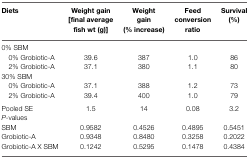
| Diets | Weight gain [final average fish wt (g)] | Weight gain (% increase) | Feed conversion ratio | Survival (%) |
 | --- | --- | --- | --- | --- |
 | 0% SBM |
 | 0% Grobiotic-A | 39.6 | 387 | 1.0 | 86 |
 | 2% Grobiotic-A | 37.1 | 380 | 1.1 | 80 |
 | 30% SBM |
 | 0% Grobiotic-A | 37.1 | 388 | 1.2 | 73 |
 | 2% Grobiotic-A | 39.4 | 400 | 1.0 | 79 |
 | Pooled SE | 1.5 | 14 | 0.08 | 3.2 |
 | P-values |
 | SBM | 0.9582 | 0.4526 | 0.4895 | 0.5451 |
 | Grobiotic-A | 0.9348 | 0.8480 | 0.3258 | 0.2022 |
 | Grobiotic-A X SBM | 0.1242 | 0.5295 | 0.1478 | 0.4384 |